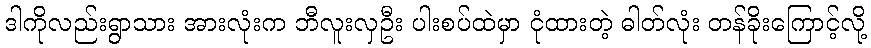
ဒါကိုလည်းရွာသား အားလုံးက ဘီလူးလှဦး ပါးစပ်ထဲမှာ ငုံထားတဲ့ ဓါတ်လုံး တန်ခိုးကြောင့်လို့